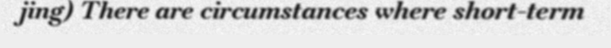
jing) There are circumstances where short-term